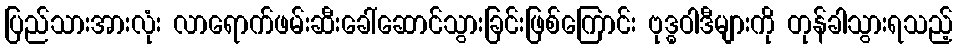
ပြည်သားအားလုံး လာရောက်ဖမ်းဆီးခေါ်ဆောင်သွားခြင်းဖြစ်ကြောင်း ဗုဒ္ဓဝါဒီများကို တုန်ခါသွားရသည့်